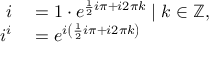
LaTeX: \begin{array} { r l } { i } & { { } = 1 \cdot e ^ { { \frac { 1 } { 2 } } i \pi + i 2 \pi k } \mid k \in \mathbb { Z } , } \\ { i ^ { i } } & { { } = e ^ { i \left( { \frac { 1 } { 2 } } i \pi + i 2 \pi k \right) } } \end{array}